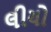
લીયો